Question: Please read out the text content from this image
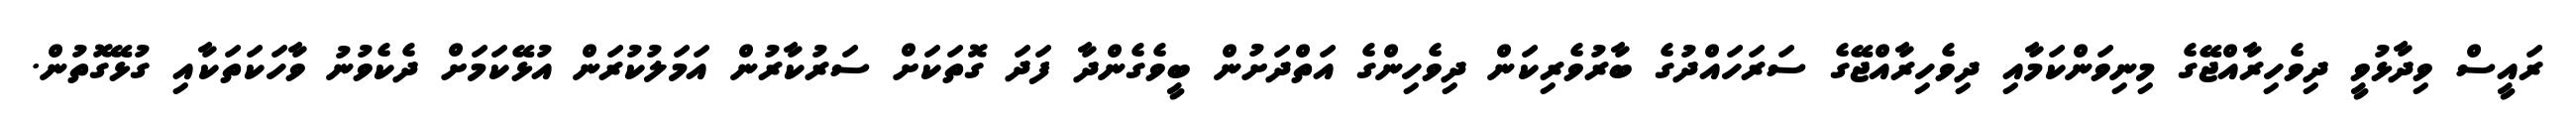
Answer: ރައީސް ވިދާޅުވީ ދިވެހިރާއްޖޭގެ މިނިވަންކަމާއި ދިވެހިރާއްޖޭގެ ސަރަހައްދުގެ ބާރުވެރިކަން ދިވެހިންގެ އަތްދަށުން ބީވެގެންދާ ފަދަ ގޮތަކަށް ސަރުކާރުން އަމަލުކުރަން އުޅޭކަމަށް ދެކެވުނު ވާހަކަތަކާއި ގުޅޭގޮތުން.